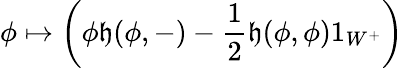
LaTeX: \phi\mapsto\left(\phi\mathfrak{h}(\phi,-)-{\frac{{1}}{{2}}}\mathfrak{h}(\phi,\phi)1_{W^{+}}\right)